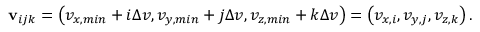
\boldsymbol { \mathbf { v } } _ { i j k } = \left( v _ { x , m i n } + i \Delta v , v _ { y , m i n } + j \Delta v , v _ { z , m i n } + k \Delta v \right) = \left( v _ { x , i } , v _ { y , j } , v _ { z , k } \right) .